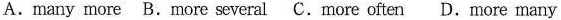
A.many more B.more several C.more often D.more many